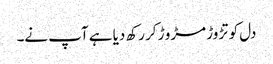
دل کو تڑوڑ مڑو ڑ کر رکھ دیا ہے آپ نے۔